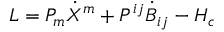
{ \cal L } = P _ { m } \dot { X } ^ { m } + P ^ { i j } \dot { B } _ { i j } - { \cal H } _ { c }